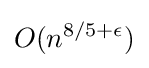
O(n^{8/5+\epsilon })